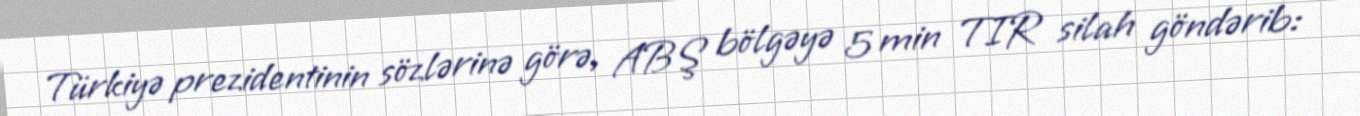
Türkiyə prezidentinin sözlərinə görə, ABŞ bölgəyə 5 min TIR silah göndərib: